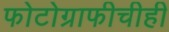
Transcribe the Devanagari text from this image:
फोटोग्राफीचीही